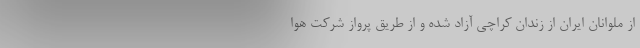
از ملوانان ایران از زندان کراچی آزاد شده و از طریق پرواز شرکت هوا